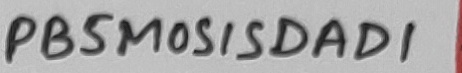
Text: PB5MOSISDAD1